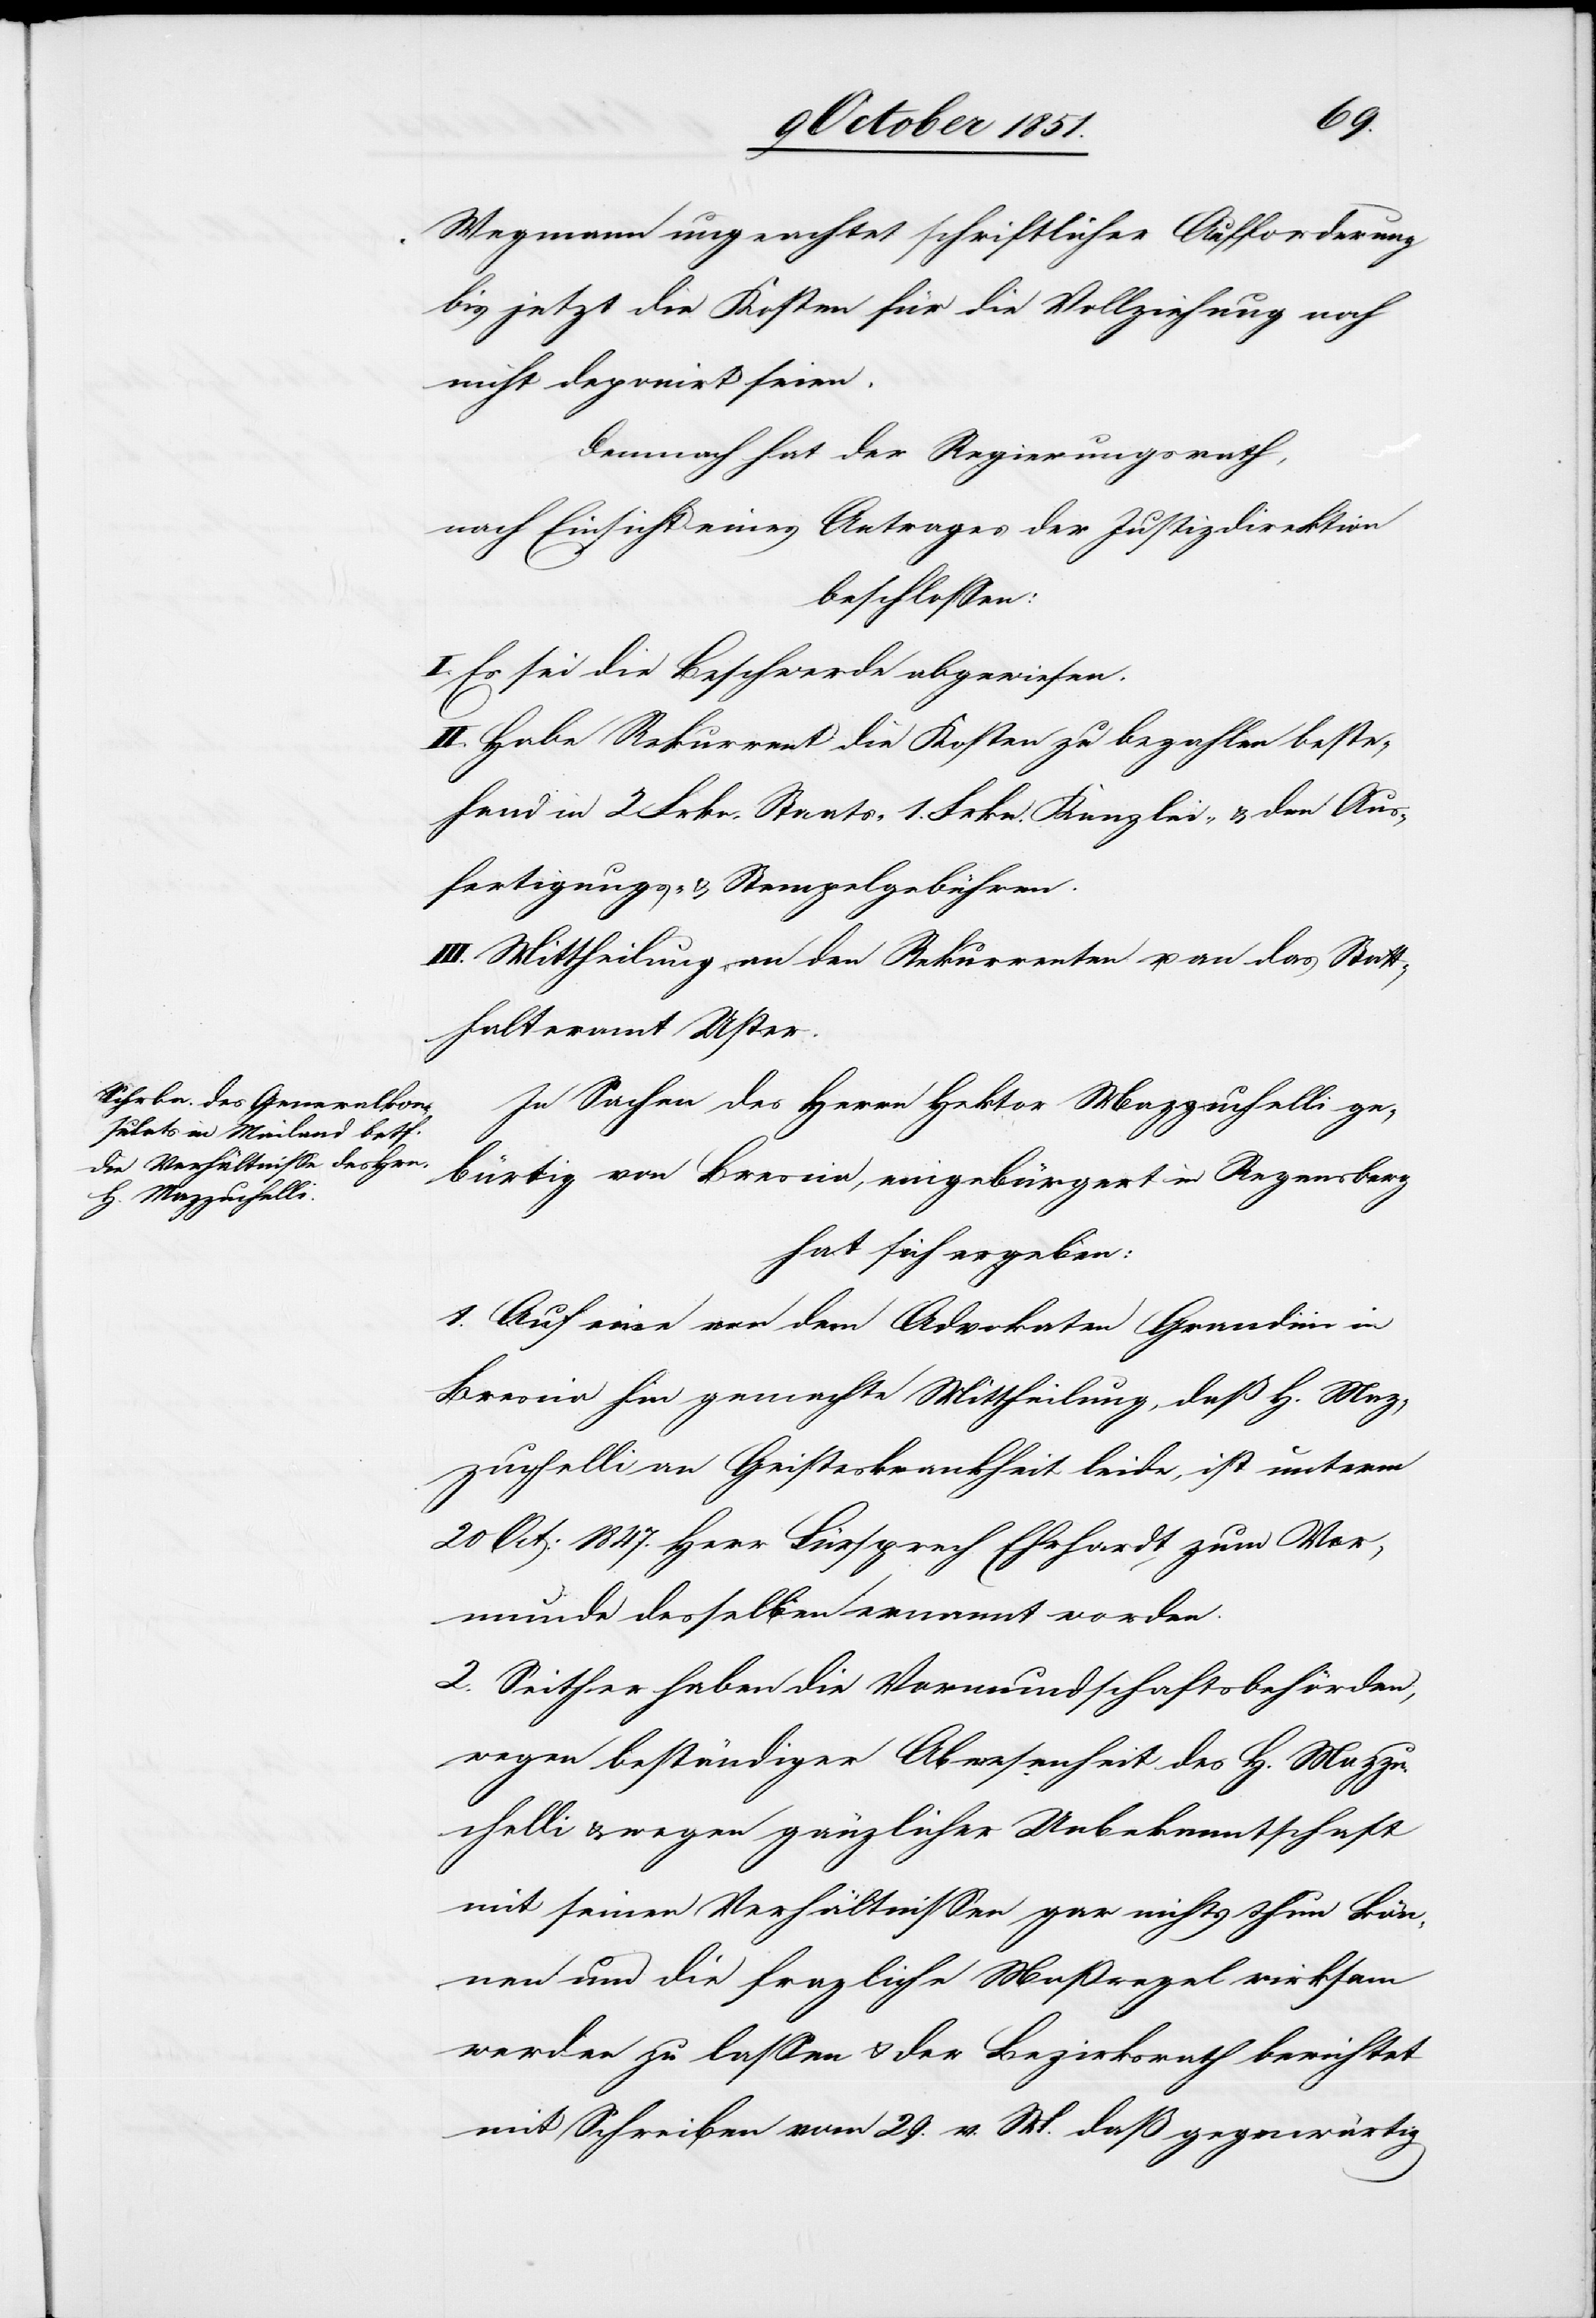
Wegmann ungeachtet schriftlicher Aufforderung
bis jetzt die Kosten für die Vollziehung noch
nicht deponirt seien.
Demnach hat der Regierungsrath,
nach Einsicht eines Antrages der Justizdirektion
beschlossen:
I. Es sei die Beschwerde abgewiesen.
II. Habe Rekurrent die Kosten zu bezahlen beste¬
hend in 2 Frkn. Staats-[,] 1. Frkn. Kanzlei- & den Aus¬
fertigungs- & Stempelgebühren.
III. Mittheilung an den Rekurrenten u. an das Statt¬
halteramt Uster.
In Sachen des Herrn Hektor Mazzuchelli ge¬
bürtig von Brescia, eingebürgert in Regensberg
hat sich ergeben:
1. Auf eine von dem Advokaten Grandini in
Brescia hin gemachte Mittheilung, daß H. Maz¬
zuchelli an Geisteskrankheit leide, ist unterm
20 Oct: 1847. Herr Fürsprech Ehrhardt zum Vor¬
munde desselben ernannt worden.
2. Seither haben die Vormundschaftsbehörden,
wegen beständiger Abwesenheit des H. Mazzu¬
chelli & wegen gänzlicher Unbekanntschaft
mit seinen Verhältnissen gar nichts thun kön¬
nen um die fragliche Maßregel wirksam
werden zu lassen & der Bezirksrath berichtet
mit Schreiben vom 29. v. M. daß gegenwärtig